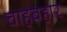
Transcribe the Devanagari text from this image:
चाहबहार